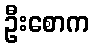
ဦးစောက